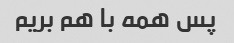
پس همه با هم بریم